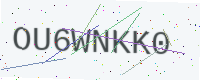
Text: OU6WNKK0